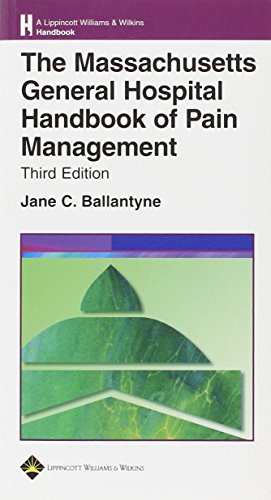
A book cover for The Massachusetts General Hospital Handbook of Pain Management (Lippincott Williams & Wilkins Handbook Series); Medical Books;